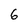
Character: 6